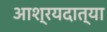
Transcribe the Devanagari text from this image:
आश्रयदात्या